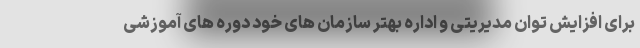
برای افزایش توان مدیریتی و اداره بهتر سازمان های خود دوره های آموزشی